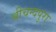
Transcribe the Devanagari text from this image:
श्रीचन्दपुरा